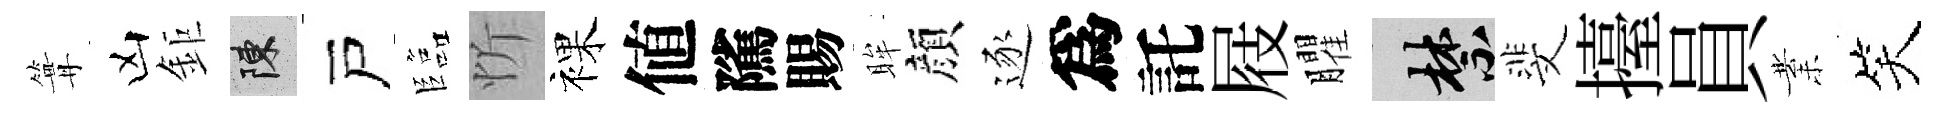
篝凶鉅陳戸臨忻裸値隲賜眸顔逐爲託屐臞禁斐擡員業笑